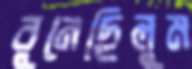
বুনেছিলুম